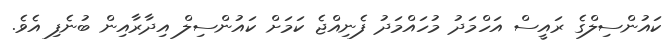
ކައުންސިލްގެ ރައީސް އަހްމަދު މުހައްމަދު ފެނިއްޖެ ކަމަށް ކައުންސިލް އިދާރާއިން ބުނެފި އެވެ.